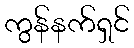
ကွန်နက်ရှင်